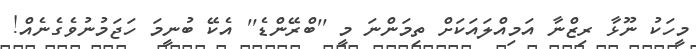
މީހަކު ނޫޅާ ރިޒްނާ އަމިއްލައަކަށް ތިމަންނަ މީ ''ބްރޭންޑެ'' އެކޭ ބުނީމަ ހަޖަމުނުވެގެނެއް!